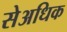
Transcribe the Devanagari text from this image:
सेअधिक